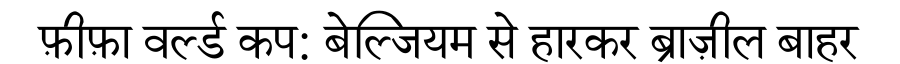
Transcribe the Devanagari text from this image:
फ़ीफ़ा वर्ल्ड कप: बेल्जियम से हारकर ब्राज़ील बाहर